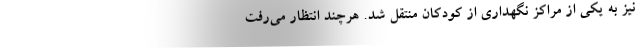
نیز به یکی از مراکز نگهداری از کودکان منتقل شد. هرچند انتظار می‌رفت